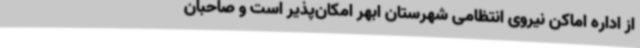
از اداره اماکن نیروی انتظامی شهرستان ابهر امکان‌پذیر است و صاحبان